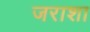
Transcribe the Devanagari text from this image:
जराशा